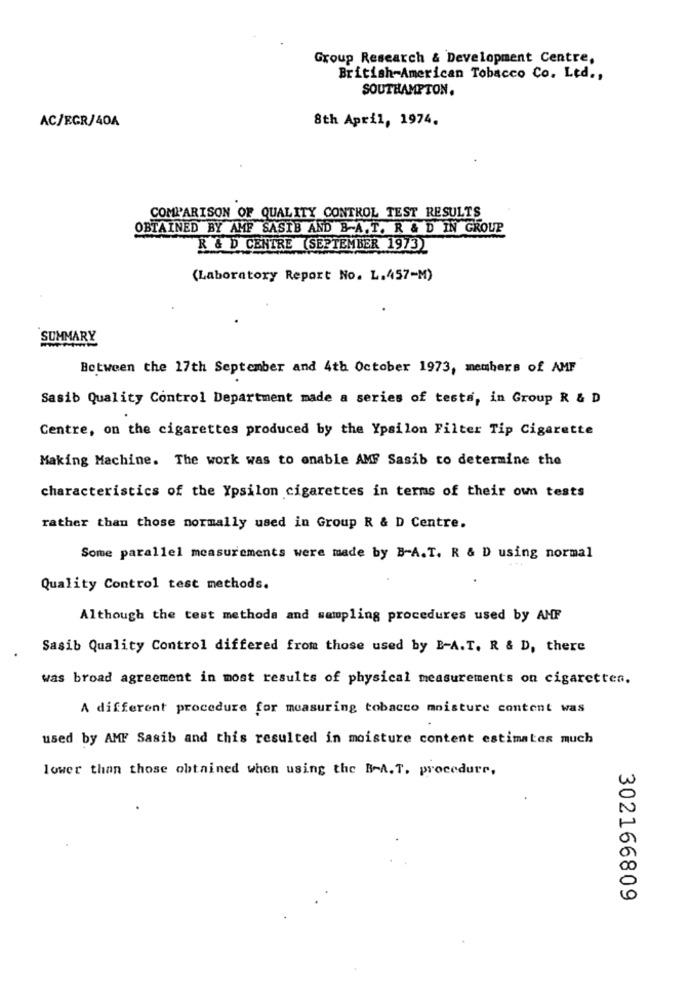
Group Research & Development Centre,
British-American Tobacco Co. Ltd .,
SOUTHAMPTON.
AC/EGR/40A
8th April, 1974.
COMPARISON OF QUALITY CONTROL TEST RESULTS
OBTAINED BY AMP SASIB AND B-A.T. R & D IN GROUP
R & D CENTRE (SEPTEMBER 1973)
(Laboratory Report No. L.457-M)
SUMMARY
Between the 17th September and 4th October 1973, members of AMF
Sasib Quality Control Department made a series of tests, in Group R & D
Centre, on the cigarettes produced by the Ypsilon Filter Tip Cigarette
Making Machine. The work was to onable AMF Sasib to determine the
characteristics of the Ypsilon cigarettes in terms of their own tests
rather than those normally used in Group R & D Centre.
Some parallel measurements were made by B-A.T. R & D using normal
Quality Control test methods.
Although the test methods and sampling procedures used by AMF
Sasib Quality Control differed from those used by E-A.T. R & D, there
was broad agreement in most results of physical measurements on cigarettes.
A different procedure for measuring tobacco moisture content was
used by AMF Sasib and this resulted in moisture content estimates much
lower than those obtained when using the B-A. T. procedure,
302166809